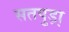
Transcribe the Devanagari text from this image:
सतपुड़ा़